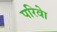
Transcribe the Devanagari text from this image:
परिवेा